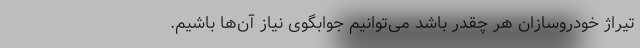
تیراژ خودروسازان هر چقدر باشد می‌توانیم جوابگوی نیاز آن‌ها باشیم.